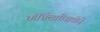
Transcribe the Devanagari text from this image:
कोंतेंलात्सियोने